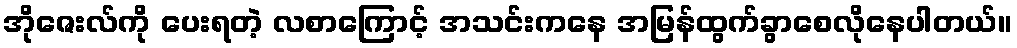
အိုဇေးလ်ကို ပေးရတဲ့ လစာကြောင့် အသင်းကနေ အမြန်ထွက်ခွာစေလိုနေပါတယ်။